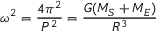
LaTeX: \omega ^ { 2 } = { \frac { 4 \pi ^ { 2 } } { P ^ { 2 } } } = { \frac { G ( M _ { S } + M _ { E } ) } { R ^ { 3 } } }